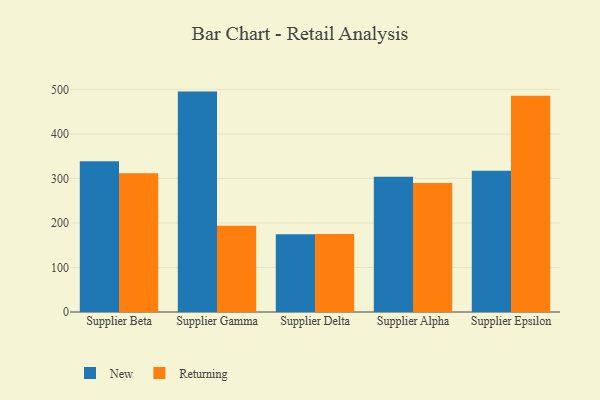
{"axis": {"x": "Supplier", "y": "Humidity (%)"}, "legend": ["New", "Returning"], "data": [{"x": "Supplier Beta", "y": 338.6, "type": "New"}, {"x": "Supplier Beta", "y": 311.6, "type": "Returning"}, {"x": "Supplier Gamma", "y": 495.1, "type": "New"}, {"x": "Supplier Gamma", "y": 193.6, "type": "Returning"}, {"x": "Supplier Delta", "y": 174.6, "type": "New"}, {"x": "Supplier Delta", "y": 175.3, "type": "Returning"}, {"x": "Supplier Alpha", "y": 304.0, "type": "New"}, {"x": "Supplier Alpha", "y": 290.0, "type": "Returning"}, {"x": "Supplier Epsilon", "y": 317.3, "type": "New"}, {"x": "Supplier Epsilon", "y": 485.8, "type": "Returning"}]}